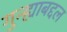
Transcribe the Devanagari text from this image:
गुन्ह्याबद्दल